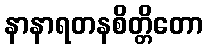
နာနာရတနစိတ္တိတော